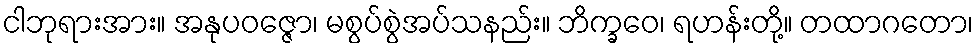
ငါဘုရားအား။ အနုပဝဇ္ဇော၊ မစွပ်စွဲအပ်သနည်း။ ဘိက္ခဝေ၊ ရဟန်းတို့။ တထာဂတော၊